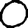
Digit: 0